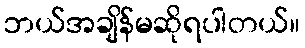
ဘယ်အချိန်မဆိုရပါတယ်။